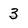
Character: 3